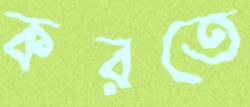
করতে